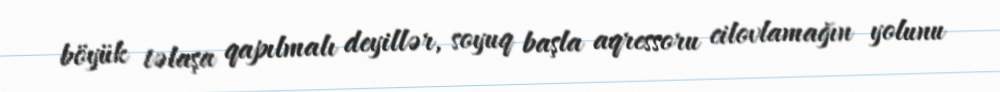
böyük təlaşa qapılmalı deyillər, soyuq başla aqressoru cilovlamağın yolunu